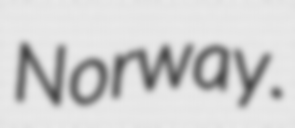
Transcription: Norway.